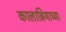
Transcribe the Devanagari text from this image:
कालाब्रियाच्या